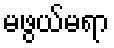
မဖွယ်မရာ